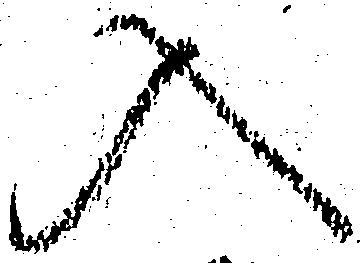
入